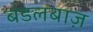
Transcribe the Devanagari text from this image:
बंडलबाज़